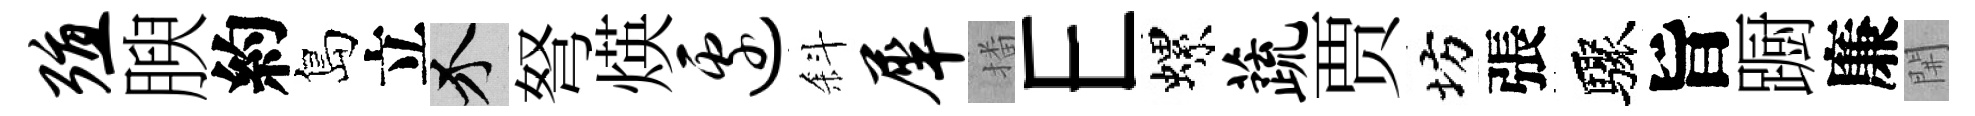
殖腴約島立介弩煐边斜犀播E螺蔬贾坊張驟旨蹰廉𨳩